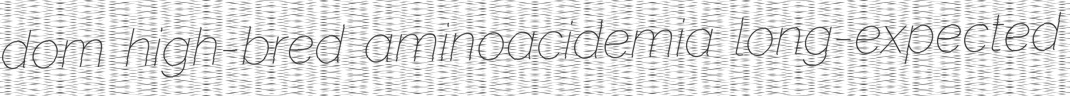
dom high-bred aminoacidemia long-expected